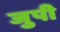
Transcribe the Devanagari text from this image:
जुपी